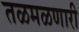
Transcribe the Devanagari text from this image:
तळमळणारी